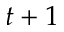
t + 1